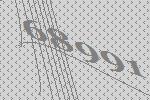
68991